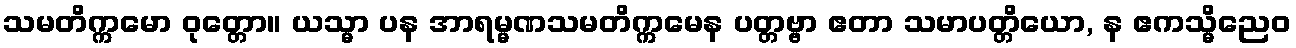
သမတိက္ကမော ဝုတ္တော။ ယသ္မာ ပန အာရမ္မဏသမတိက္ကမေန ပတ္တဗ္ဗာ ဧတာ သမာပတ္တိယော, န ဧကသ္မိညေဝ